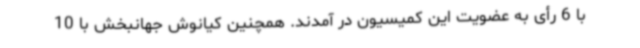
با 6 رأی به عضویت این کمیسیون در آمدند. همچنین کیانوش جهانبخش با 10